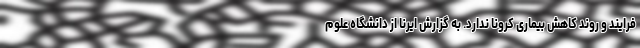
فرایند و روند کاهش بیماری کرونا ندارد. به گزارش ایرنا از دانشگاه علوم